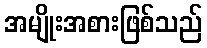
အမျိုးအစားဖြစ်သည်